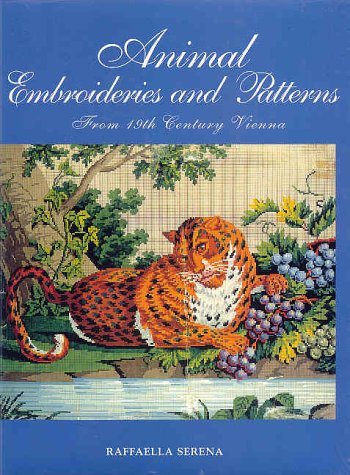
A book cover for Animal Embroideries & Patterns: From 19th Century Vienna; Raffaella Serena; Crafts, Hobbies & Home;